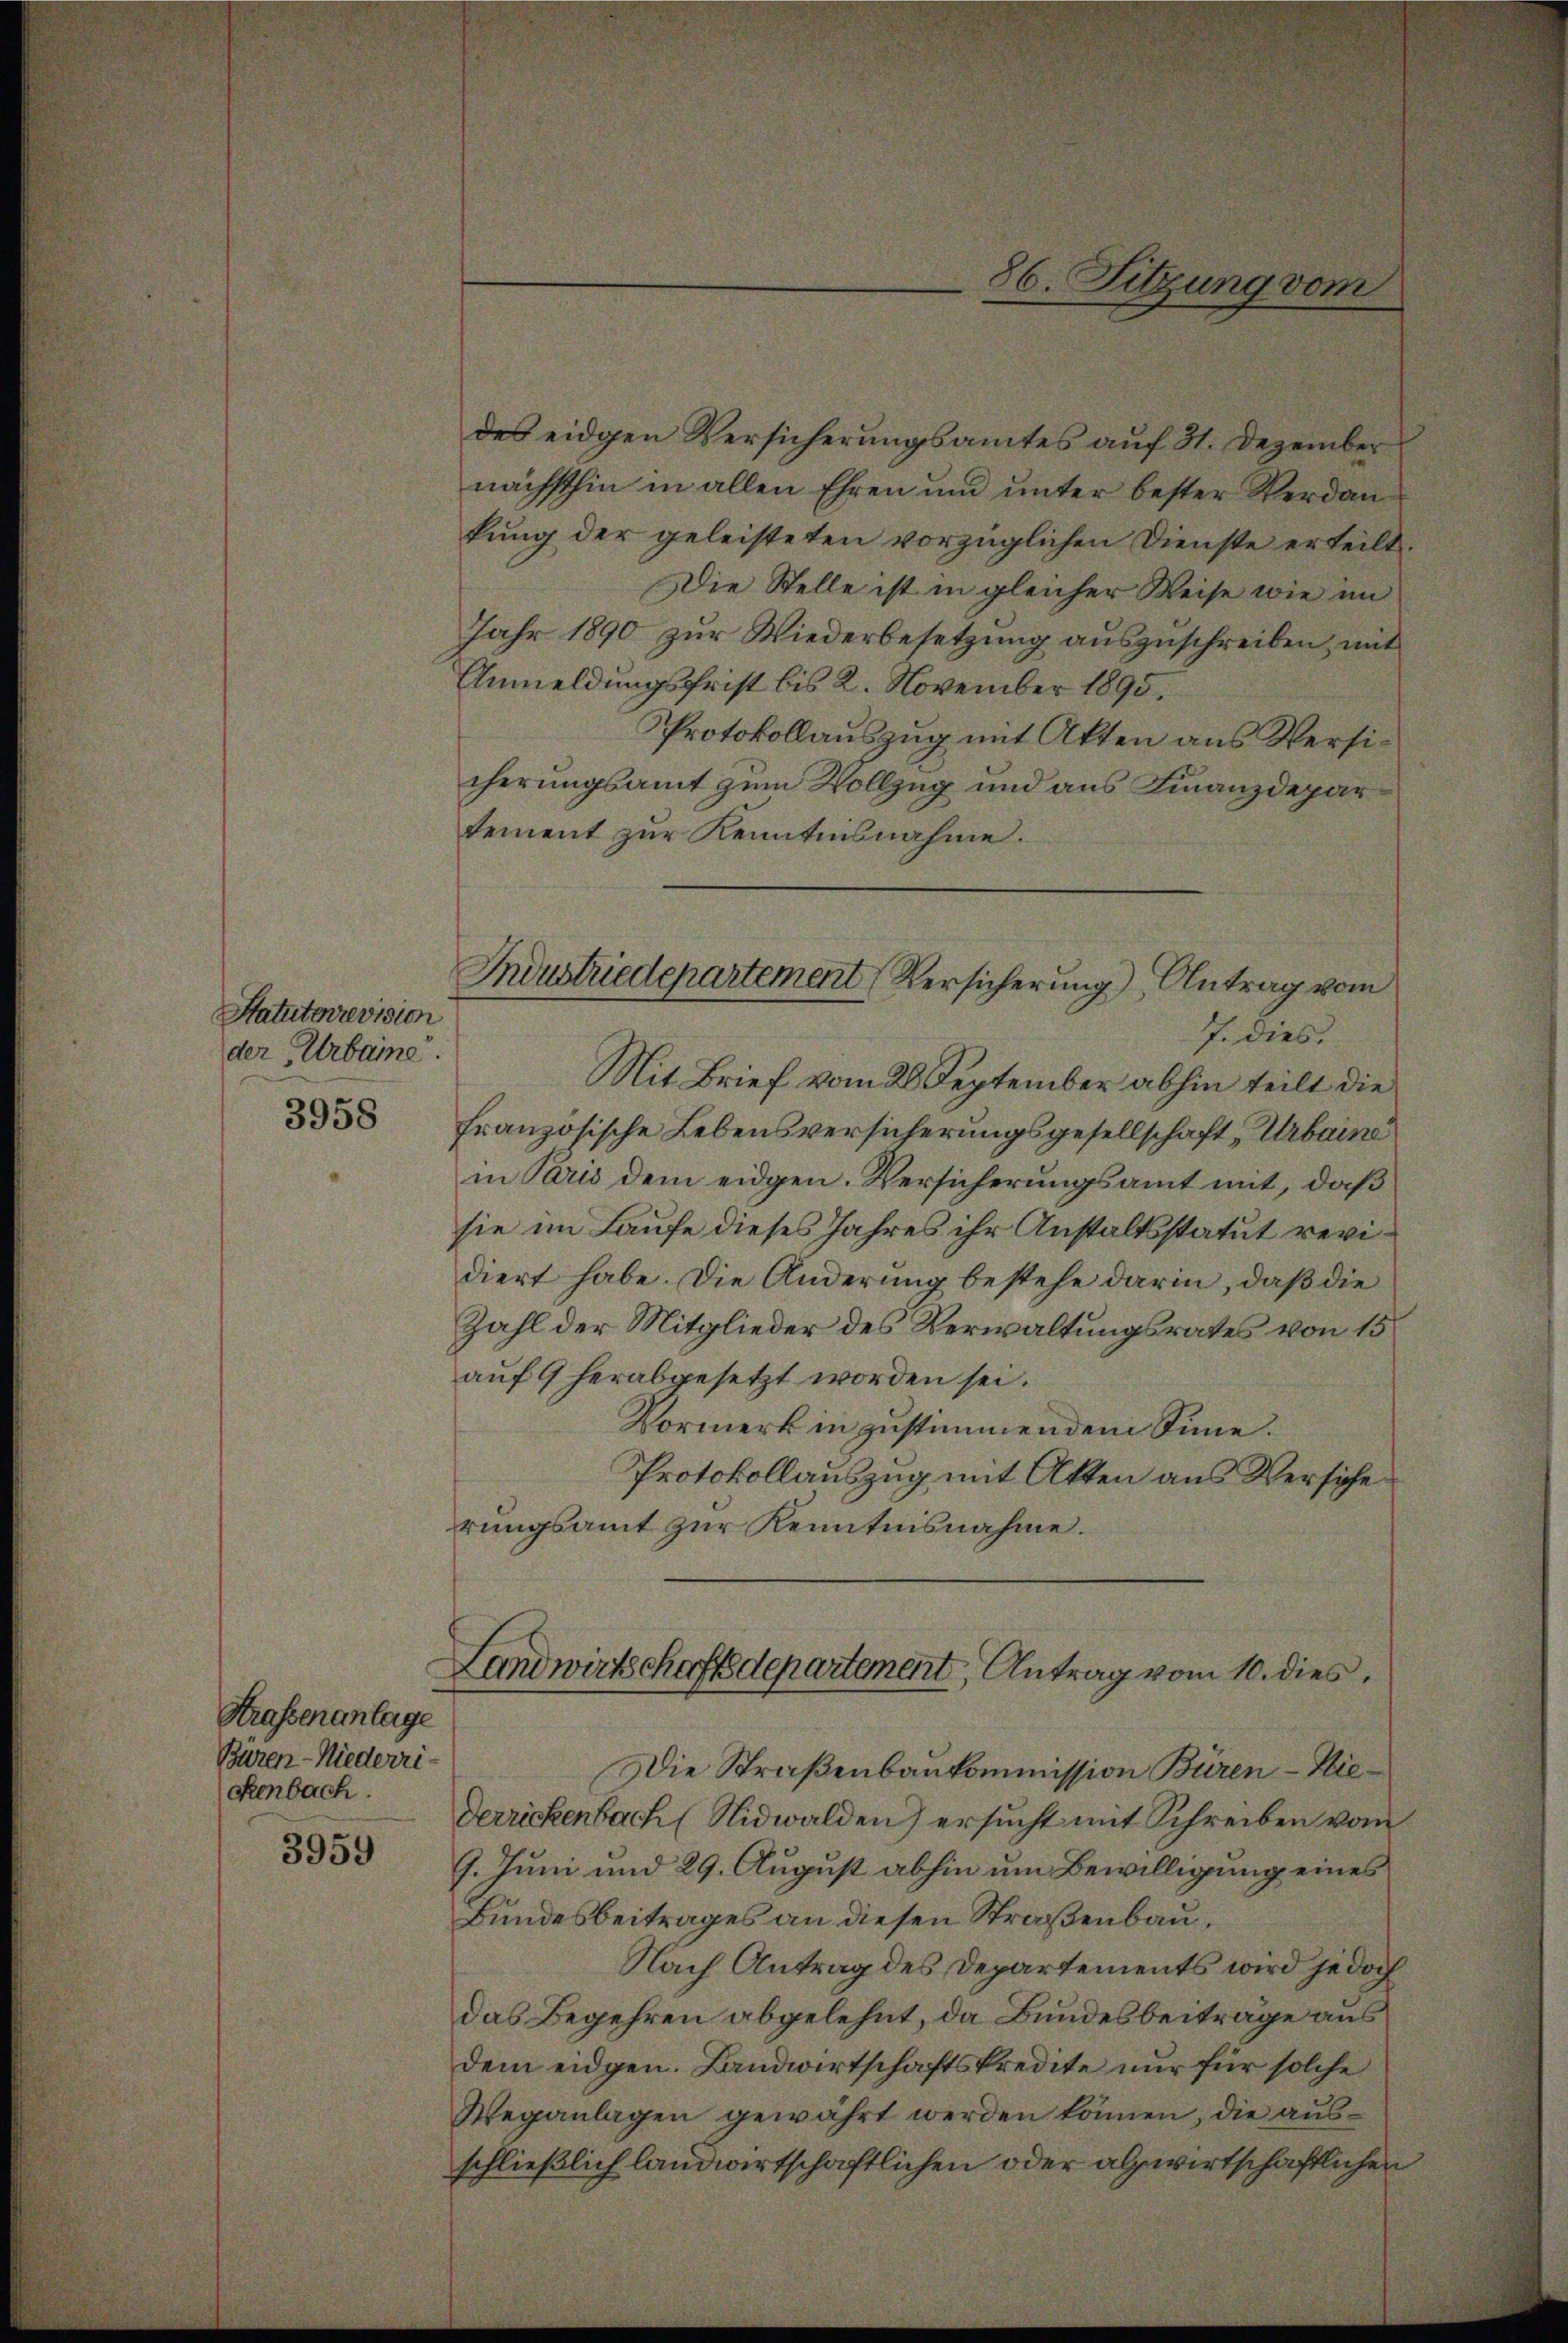
Statuterrevision
der Erbaine.
3958

Strassenanlage
Baren-Niederri-
Renbach.
3959

des eidgen Versicherungsamtes auf 31. Dezember
nächsthin in allen Ehren und unter bester Verdankung der geleisteten vorzüglichen Dienste erteilt.
Die Stelle ist in gleicher Weise wie im
Jahr 1890 zur Wiederbesetzung auszuschreiben, mit
Anmeldungsfrist bis 2. November 1895.
Protokollauszug mit Akten aus Versicherungsamt zum Vollzug und aus Finanzdepar
tement zur Kenntnisnahme.
Mit Brief vom 28 September abhin teilt die
französische Lebensversicherungsgesellschaft „Urbaine
in Paris dem eidgen. Versicherungsamt mit, daß
sie im Laufe dieses Jahres ihr Anstaltsstatut revidiert habe. Die Änderung bestehe darin, daß die
Zahl der Mitglieder des Verwaltungsrates von 15
auf 9 herabgesetzt worden sei.
Vormerk in zustimmendem Sinne.
Protokollauszug mit Akten aus Versiche
rungsamt zur Kenntnisnahme.
Landwirtschaftsdepartement, Antrag vom 10. dies
Die Straßenbaukommission Büren - Hie¬
Derrickenbach Nidwalden) ersucht mit Schreiben vom
7. Juni und 29. August abhin um Bewilligung eines
Bundesbeitrages an diesen Straßenbau,
Nach Antrag des Departements wird jedoch
das Begehren abgelehnt, da Bundesbeitrage aus
dem eidgen. Landwirtschaftskredite nur für solche
Weganlagen gewährt werden können, die ausschließlich landwirtschaftlichen oder alpwirtschaftlichen

86. Sitzung vom

Industriedepartement (Versicherung), Antrag vom
7. dies.